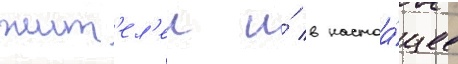
жит'ел'еи и́ в настоа́щее